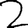
Digit: 2